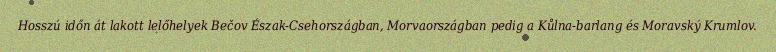
Hosszú időn át lakott lelőhelyek Bečov Észak-Csehországban, Morvaországban pedig a Kůlna-barlang és Moravský Krumlov.